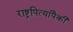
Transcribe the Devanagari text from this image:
राष्ट्रपित्यांपैकी